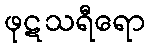
ဖုဋသရီရော